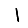
Digit: 1